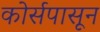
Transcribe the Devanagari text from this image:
कोर्सपासून